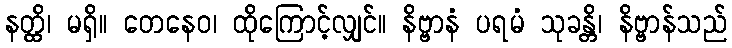
နတ္ထိ၊ မရှိ။ တေနေဝ၊ ထိုကြောင့်လျှင်။ နိဗ္ဗာနံ ပရမံ သုခန္တိ၊ နိဗ္ဗာန်သည်